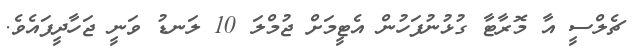
ޗެލްސީ އާ މޮރާޓާ ގުޅުނުފަހުން އެޓީމަށް ޖުމްލަ 10 ލަނޑު ވަނީ ޖަހާދީފައެވެ.